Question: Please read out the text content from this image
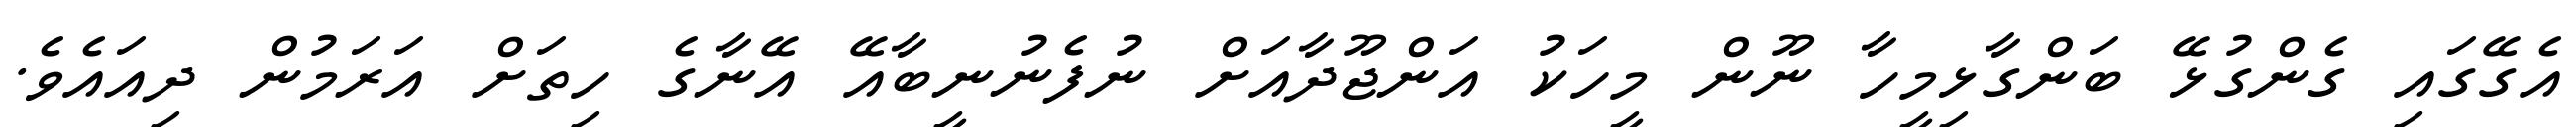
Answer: އެގޭގައި ގެންގުޅޭ ބަންގާޅިމީހާ ނޫން މީހަކު އަންޖޫދާއަށް ނުފެނުނީބާއޭ އޭނާގެ ހިތަށް އަރަމުން ދިއައެވެ.